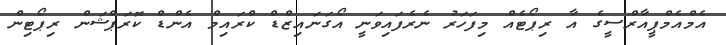
އެމްއެމްޕީއާރްސީގެ އާ ރިޕޯޓެއް މިފަހަރު ނެރެފައިވަނީ އޯގަނައިޒްޑް ކްރައިމް އެންޑް ކޮރަޕްޝަން ރިޕޯޓިން